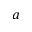
a